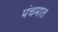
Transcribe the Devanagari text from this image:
पंचमात